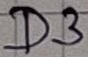
Text: D3